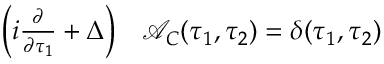
\begin{array} { r l } { \bigg ( i \frac { \partial } { \partial \tau _ { 1 } } + \Delta \bigg ) } & { { } \mathcal { A } _ { C } ( \tau _ { 1 } , \tau _ { 2 } ) = \delta ( \tau _ { 1 } , \tau _ { 2 } ) } \end{array}